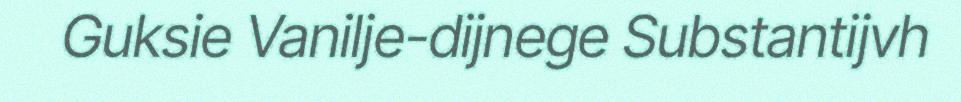
Guksie Vanilje-dijnege Substantijvh